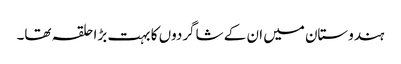
ہندوستان میں ان کے شاگردوں کا بہت بڑا حلقہ تھا۔